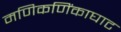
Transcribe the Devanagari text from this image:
मणिकणिंकाघाट